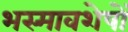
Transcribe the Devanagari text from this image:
भस्मावशेषों